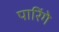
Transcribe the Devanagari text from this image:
पारिंगे